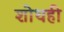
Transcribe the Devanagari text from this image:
शोथही